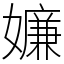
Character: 嬚